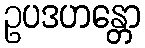
ဥပဒဟန္တော